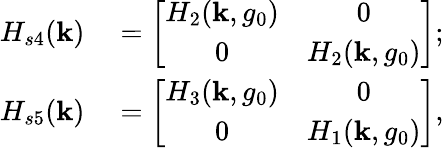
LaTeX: \begin{array}{rl}{H_{s4}({\mathbf k})}&{{}=\left[\begin{array}{cc}{H_{2}({\mathbf k},g_{0})}&{0}\\ {0}&{H_{2}({\mathbf k},g_{0})}\end{array}\right];}\\ {H_{s5}({\mathbf k})}&{{}=\left[\begin{array}{cc}{H_{3}({\mathbf k},g_{0})}&{0}\\ {0}&{H_{1}({\mathbf k},g_{0})}\end{array}\right],}\end{array}